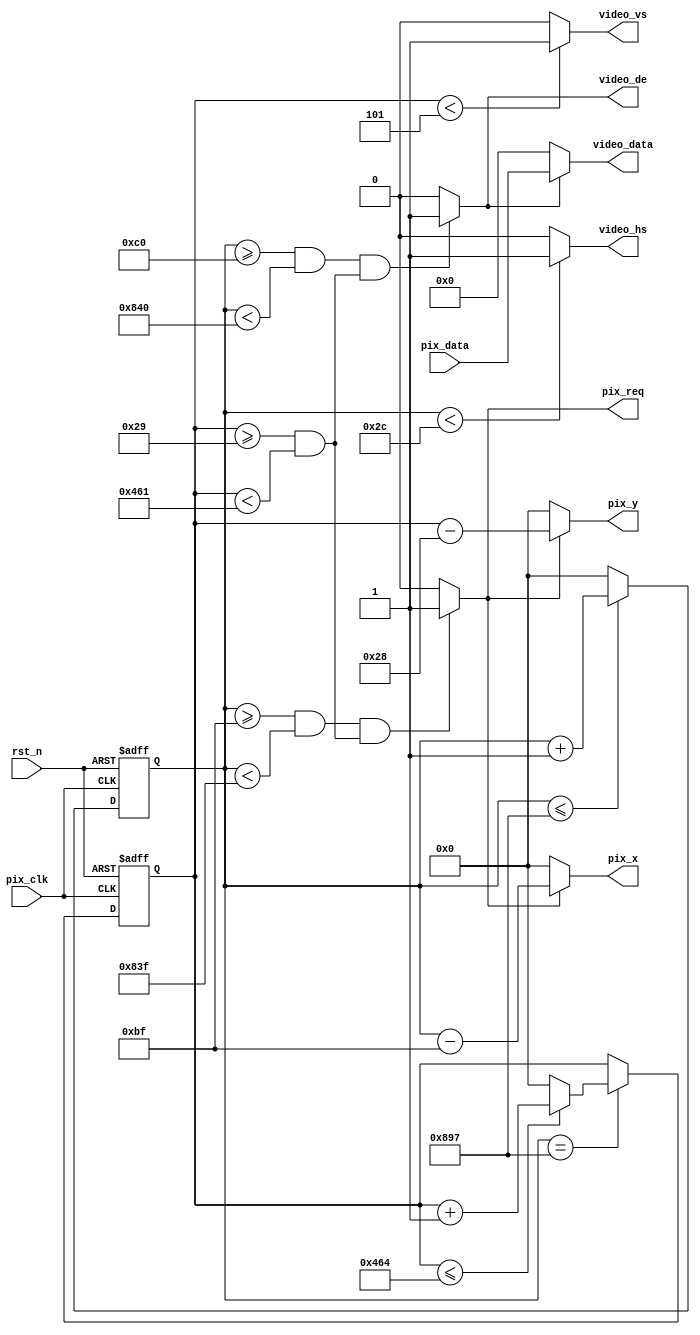
//************************************************
// Creat Date   : 2023323 21:54:05
// Version      : v1.0
// Target Device: PANGO PGL50H
// Function     : 
//************************************************

module video_driver#(
    parameter X_BITS    = 12        ,
    parameter Y_BITS    = 12        ,

    parameter H_SYNC    = 12'd44    , //
    parameter H_BACK    = 12'd148   , //
    parameter H_DISP    = 12'd1920  , //
    parameter H_FRONT   = 12'd88    , //
    parameter H_TOTAL   = 12'd2200  , //

    parameter V_SYNC    = 12'd5     , //
    parameter V_BACK    = 12'd36    , //
    parameter V_DISP    = 12'd1080  , //
    parameter V_FRONT   = 12'd4     , //
    parameter V_TOTAL   = 12'd1125    //
)(
    input   wire                    pix_clk     ,
    input   wire                    rst_n       ,
    
    output  wire                    video_hs    ,
    output  wire                    video_vs    ,
    output  wire                    video_de    ,
    output  wire    [23:0]          video_data  ,
    
    output  wire    [X_BITS-1:0]    pix_x       ,
    output  wire    [Y_BITS-1:0]    pix_y       ,
    output  wire                    pix_req    , // 
    input   wire    [23:0]          pix_data    
);
/****************************reg*****************************/
reg     [X_BITS-1:0]    cnt_h   ; // 
reg     [X_BITS-1:0]    cnt_v   ; // 

/****************************wire****************************/
wire                    video_en; // 

/********************combinational logic*********************/
assign video_hs  = ( cnt_h < H_SYNC ) ? 1'b1 : 1'b0; // 
assign video_vs  = ( cnt_v < V_SYNC ) ? 1'b1 : 1'b0; // 

assign video_en  = (((cnt_h >= H_SYNC+H_BACK) && (cnt_h < H_SYNC+H_BACK+H_DISP))
                 &&((cnt_v >= V_SYNC+V_BACK) && (cnt_v < V_SYNC+V_BACK+V_DISP)))
                 ?  1'b1 : 1'b0;
assign video_de  = video_en;
assign video_data= video_en ? pix_data : 24'd0;

assign pix_req    = (((cnt_h >= H_SYNC+H_BACK-1'b1) && 
                   (cnt_h < H_SYNC+H_BACK+H_DISP-1'b1))
                   && ((cnt_v >= V_SYNC+V_BACK) && (cnt_v < V_SYNC+V_BACK+V_DISP)))
                   ? 1'b1 : 1'b0;
                  
//
assign pix_x     = pix_req ? (cnt_h - (H_SYNC + H_BACK - 1'b1)) : 'd0;
assign pix_y     = pix_req ? (cnt_v - (V_SYNC + V_BACK - 1'b1)) : 'd0;

/**************************process***************************/
always@(posedge pix_clk or negedge rst_n)
begin
    if(!rst_n)
        cnt_h <= 'd0;
    else if(cnt_h <= H_TOTAL - 1)
        cnt_h <= cnt_h + 1;
    else
        cnt_h <= 'd0;
end

always@(posedge pix_clk or negedge rst_n)
begin
    if(!rst_n)
        cnt_v <= 'd0;
    else if(cnt_h == H_TOTAL - 1)
        if(cnt_v <= V_TOTAL - 1)
            cnt_v <= cnt_v + 1;
        else
            cnt_v <= 'd0;
    else
        cnt_v <= cnt_v;
end

endmodule